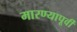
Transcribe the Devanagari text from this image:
मारण्यापूर्वी